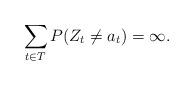
LaTeX: \begin{align*}\sum_{t \in T}P(Z_t \not= a_t)= \infty. \end{align*}